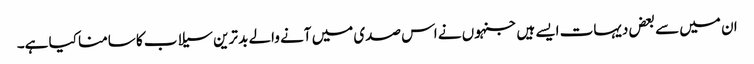
ان میں سے بعض دیہات ایسے ہیں جنہوں نے اس صدی میں آنے والے بد ترین سیلاب کا سامنا کیا ہے۔